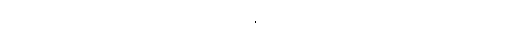
ဒေတာအရ အိမ်ခြံမြေဈေးကွက် ဖိုးနှင့် အကြမ်းဖက်သတ်ဖြတ် ခိုးခိုးခစ်ခစ်